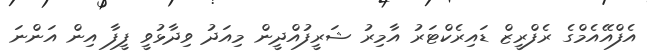
އެފްއޭއެމްގެ ރެފްރީޒް ޑައިރެކްޓަރު އާމިރު ޝަރީފުއްދީން މިއަދު ވިދާޅުވީ ފީފާ އިން އަންނަ